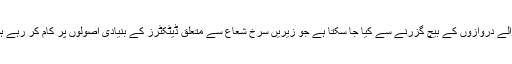
جبکہ ان شعاعوں کا عملی مشاہدہ خود کار طریقے سے کھلنے والے دروازوں کے بیچ گزرنے سے کیا جا سکتا ہے جو زیریں سرخ شعاع سے متعلق ڈیٹکٹرز کے بنیادی اصولوں پر کام کر رہے ہوتے ہیں جبکہ x-rays کے استعمال سے بھی ہر بندہ واقف ہے۔